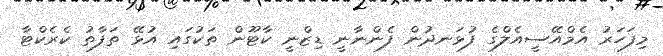
މިފަހަރު އެމްއޭސީއެލްގެ ފުޅަނދުން ފެންނާނީ ޑިޒްނީ ކާޓޫން ތަކުގައި އުޅޭ ތަފާތު ކެރެކްޓާ